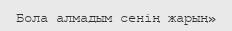
Бола алмадым сенің жарың»